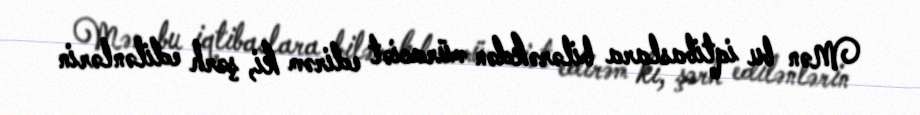
Mən bu iqtibaslara bilərəkdən müraciət edirəm ki, şərh edilənlərin